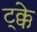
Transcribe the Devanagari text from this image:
ट्क्के